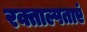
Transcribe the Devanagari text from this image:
रक्ताल्पताएं